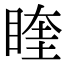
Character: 睳